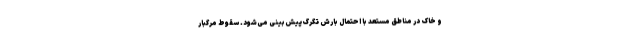
و خاک در مناطق مستعد با احتمال بارش تگرگ پیش‌بینی می‌شود. سقوط مرگبار